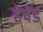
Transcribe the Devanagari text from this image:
हेपेंड